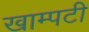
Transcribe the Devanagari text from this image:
खाम्पटी